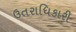
ઉતરાધિકારી